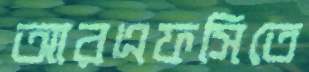
আরএফসিতে